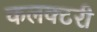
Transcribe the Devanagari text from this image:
कलक्‍टरी